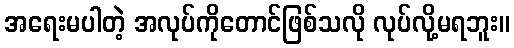
အရေးမပါတဲ့ အလုပ်ကိုတောင်ဖြစ်သလို လုပ်လို့မရဘူး။